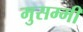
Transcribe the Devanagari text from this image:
मुसम्मी